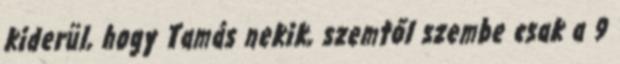
kiderül, hogy Tamás nekik, szemtől szembe csak a 9